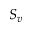
S _ { v }